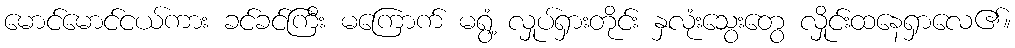
မောင်မောင်ငယ်ကား ခင်ခင်ကြီး မကြောက် မရွံ့ လှုပ်ရှားတိုင်း နှလုံးသွေးတွေ လှိုင်းထနေရှာလေ၏။